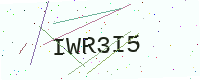
Text: IWR3I5